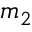
m _ { 2 }